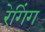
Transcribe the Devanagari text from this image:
रेगिंग